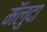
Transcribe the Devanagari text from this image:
मॅलुदा